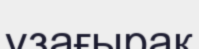
ұзағырақ